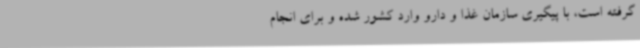
گرفته است، با پیگیری سازمان غذا و دارو وارد کشور شده و برای انجام